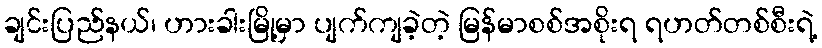
ချင်းပြည်နယ်၊ ဟားခါးမြို့မှာ ပျက်ကျခဲ့တဲ့ မြန်မာစစ်အစိုးရ ရဟတ်တစ်စီးရဲ့